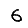
Digit: 6